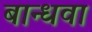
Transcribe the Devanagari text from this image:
बान्धवा